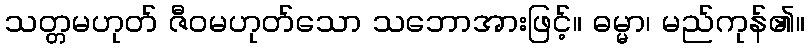
သတ္တမဟုတ် ဇီဝမဟုတ်သော သဘောအားဖြင့်။ ဓမ္မာ၊ မည်ကုန်၏။